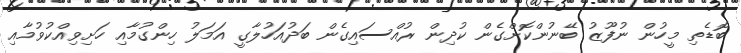
ބޮޑެތި މީހުން ނުފޫޒު ބޭނުންކޮށްގެން ކުދިން ރުއްސައިގެން ބަދުއަހުލާގީ އަމަލު ހިންގުމާއި ހަށިވިއްކުވުމާއި